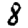
Digit: 8